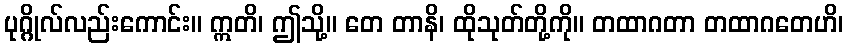
ပုဂ္ဂိုလ်လည်းကောင်း။ ဣတိ၊ ဤသို့။ တေ တာနိ၊ ထိုသုတ်တို့ကို။ တထာဂတာ တထာဂတေဟိ၊